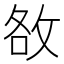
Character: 敋